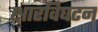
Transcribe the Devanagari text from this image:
क्षारविघटन